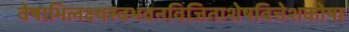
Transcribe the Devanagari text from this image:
वेषाभिलक्ष्यस्वभवनविजिताशेषवित्तेशकोषा